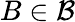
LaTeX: B\in{\mathcal{B}}